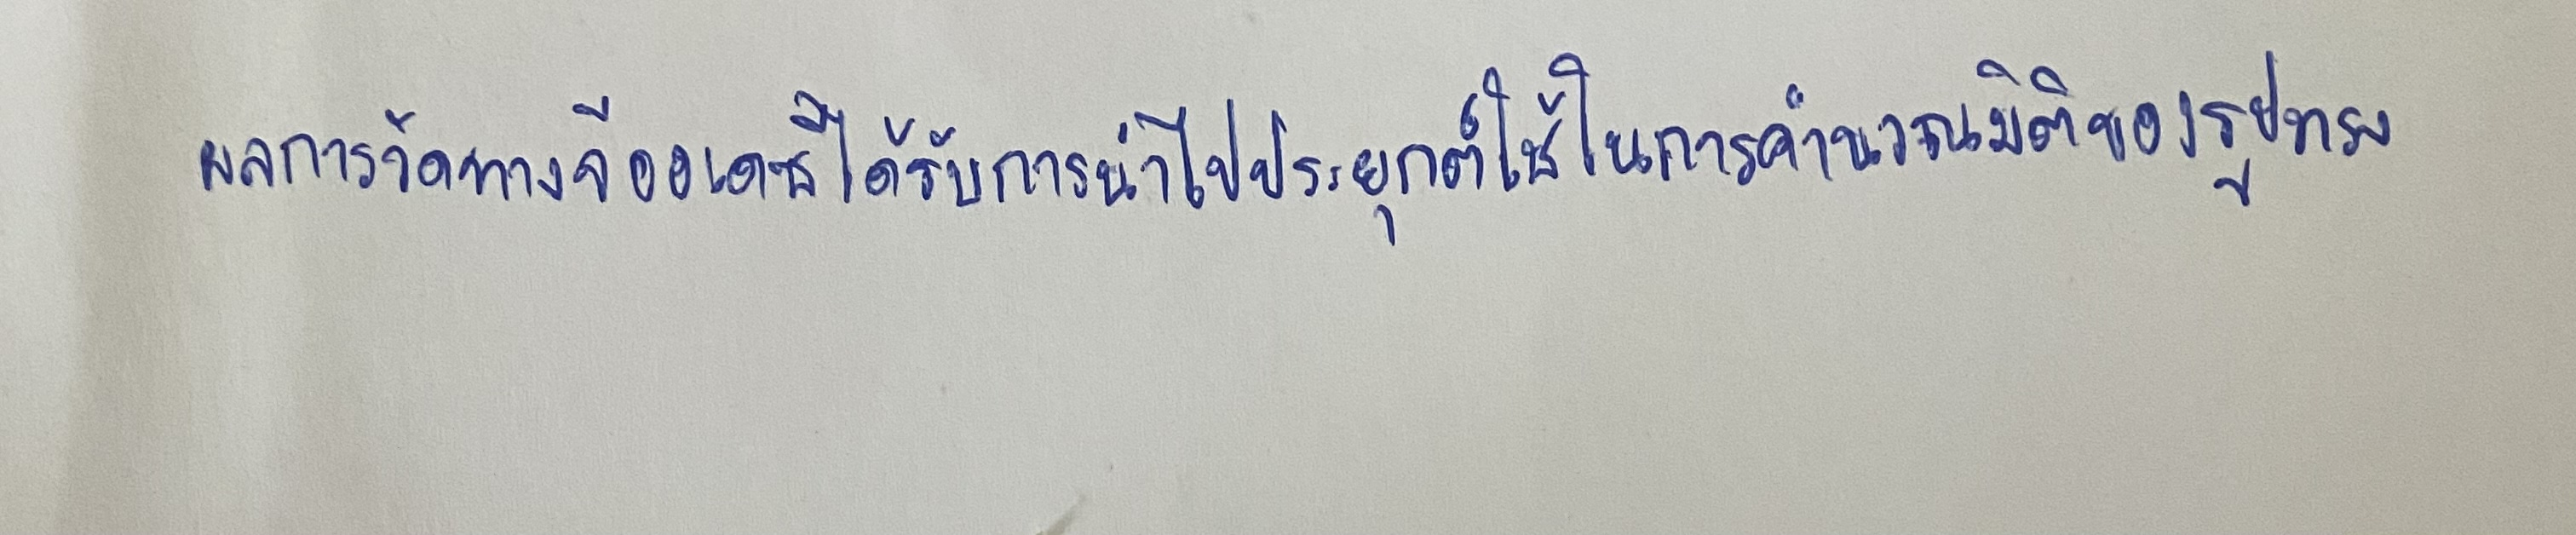
ผลการวัดทางจีออเดซีได้รับการนำไปประยุกต์ใช้ในการคำนวณมิติของรูปทรง